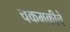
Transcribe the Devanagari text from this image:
चकमकीचे